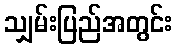
သျှမ်းပြည်အတွင်း